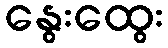
နွေးထွေး